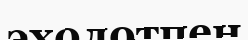
эхолотпен